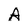
Character: A